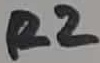
Text: R2